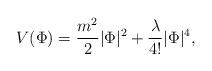
LaTeX: \begin{align*}V(\Phi)=\frac{m^2}{2}|\Phi|^2 + \frac{\lambda}{4!} |\Phi|^4,\end{align*}